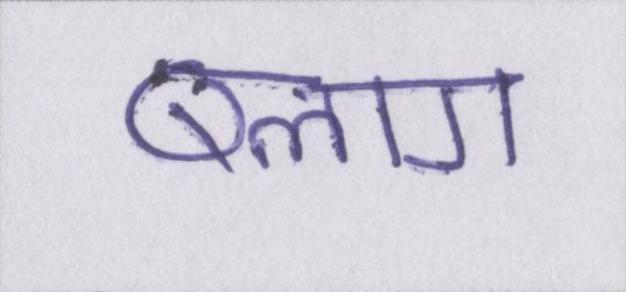
ब्लाग